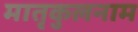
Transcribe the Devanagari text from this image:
मातृकुलनाम